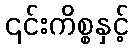
၎င်းကိစ္စနှင့်